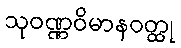
သုဝဏ္ဏဝိမာနဝတ္ထု